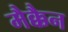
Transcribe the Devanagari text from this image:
मैक्कैन